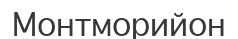
Монтморийон